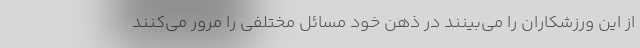
از این ورزشکاران را می‌بینند در ذهن خود مسائل مختلفی را مرور می‌کنند